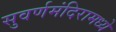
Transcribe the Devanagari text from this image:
सुवर्णमंदिरामध्ये